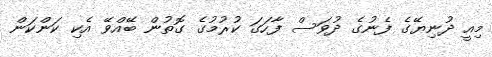
މިއީ ދުނިޔޭގެ ފެނުގެ ދުވަސް ފާހަގަ ކުރުމުގެ ގޮތުން ބޭއްވޭ އެކި ކަންކަން